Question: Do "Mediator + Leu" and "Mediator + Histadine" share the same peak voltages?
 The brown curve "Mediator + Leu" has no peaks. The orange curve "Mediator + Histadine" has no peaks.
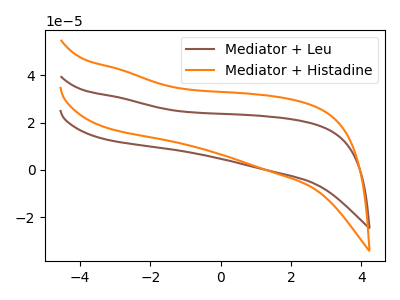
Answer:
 <answer>Niether CV has any peaks.</answer>
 <eval>blanks</eval>